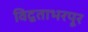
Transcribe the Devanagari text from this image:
विद्वताभरपूर